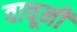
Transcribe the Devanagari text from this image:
वाचूनी